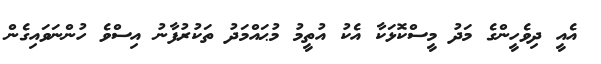
އެއީ ދިވެހީންގެ މަދު މީސްކޮޅަކާ އެކު އުތީމު މުޙައްމަދު ތަކުރުފާނު އިސްވެ ހުންނަވައިގެން